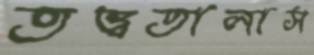
তত্ত্বতালাস